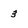
Character: 3